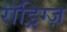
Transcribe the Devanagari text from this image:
रॉड्रिग्ज़